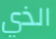
الذي